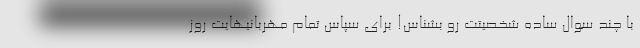
با چند سوال ساده شخصیتت رو بشناس! برای سپاس تمام مهربانیهایت روز